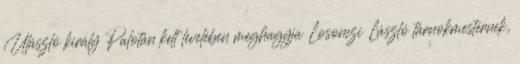
Ulászló király Palotán kelt levelében meghagyja Losonczi László tárnokmesternek,